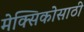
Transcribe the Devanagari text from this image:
मेक्सिकोसाठी